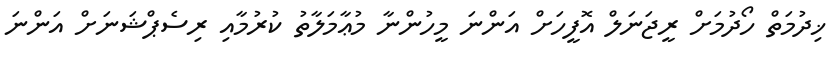
ޚިދުމަތް ހޯދުމަށް ރީޖަނަލް އޮފީހަށް އަންނަ މީހުންނާ މުޢާމަލާތު ކުރުމާއި ރިސެޕްޝަނަށް އަންނަ